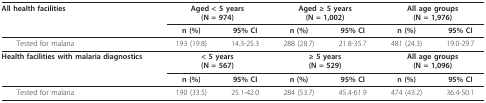
<table><thead><tr><td><b>All health facilities</b></td><td colspan="2"><b>Aged &lt; 5 years(N = 974)</b></td><td colspan="2"><b>Aged ≥ 5 years(N = 1,002)</b></td><td colspan="2"><b>All age groups(N = 1,976)</b></td></tr><tr><td></td><td><b>n (%)</b></td><td><b>95% CI</b></td><td><b>n (%)</b></td><td><b>95% CI</b></td><td><b>n (%)</b></td><td><b>95% CI</b></td></tr></thead><tbody><tr><td> Tested for malaria</td><td>193 (19.8)</td><td>14.3-25.3</td><td>288 (28.7)</td><td>21.8-35.7</td><td>481 (24.3)</td><td>19.0-29.7</td></tr><tr><td><b>Health facilities with malaria diagnostics</b></td><td colspan="2"><b>&lt; 5 years</b><b>(N = 567)</b></td><td colspan="2"><b>≥ 5 years</b><b>(N = 529)</b></td><td colspan="2"><b>All age groups</b><b>(N = 1,096)</b></td></tr><tr><td></td><td><b>n (%)</b></td><td><b>95% CI</b></td><td><b>n (%)</b></td><td><b>95% CI</b></td><td><b>n (%)</b></td><td><b>95% CI</b></td></tr><tr><td> Tested for malaria</td><td>190 (33.5)</td><td>25.1-42.0</td><td>284 (53.7)</td><td>45.4-61.9</td><td>474 (43.2)</td><td>36.4-50.1</td></tr></tbody></table>